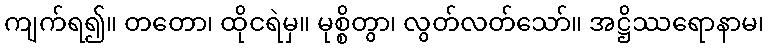
ကျက်ရ၍။ တတော၊ ထိုငရဲမှ။ မုစ္စိတွာ၊ လွတ်လတ်သော်။ အဋ္ဌိဿရောနာမ၊